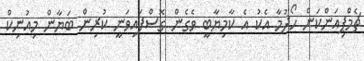
ޗެމްޕިއަންކަން ހޯދުމާ އެކު އެ ކާމިޔާބީ ވެގެން ގޮސްފައިވަނީ ކުރިން ބަޔާން މިއުނިކް